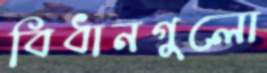
বিধানগুলো